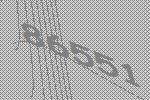
86551